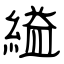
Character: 縊